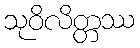
သုဝိလိတ္တဿ